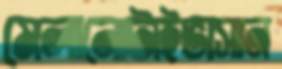
মেলানোটাইভাসান